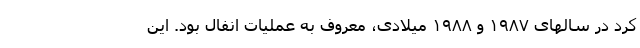
کُرد در سالهای ۱۹۸۷ و ۱۹۸۸ میلادی، معروف به عملیات انفال بود. این